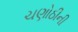
ચણોઠીની